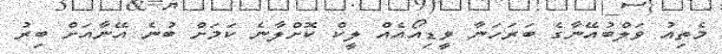
މެތިއު ވަލްބުއޭނާގެ ބަރަހަނާ ވީޑިއޯއެއް ލީކް ކޮށްލާނެ ކަމަށް ބުނެ އޭނާއަށް ބިރު